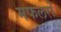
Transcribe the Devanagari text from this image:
मफलरों